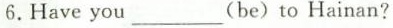
6.Have you ___(be)to Hainan?